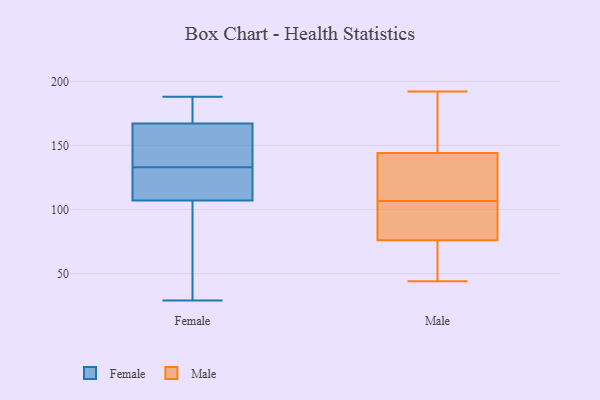
{"axis": {"x": "Energy Usage (MWh)", "y": "Value"}, "legend": ["Female", "Male"], "data": [{"x": "", "y": 188, "type": "Female"}, {"x": "", "y": 50, "type": "Female"}, {"x": "", "y": 134, "type": "Female"}, {"x": "", "y": 167, "type": "Female"}, {"x": "", "y": 58, "type": "Female"}, {"x": "", "y": 187, "type": "Female"}, {"x": "", "y": 167, "type": "Female"}, {"x": "", "y": 29, "type": "Female"}, {"x": "", "y": 117, "type": "Female"}, {"x": "", "y": 107, "type": "Female"}, {"x": "", "y": 113, "type": "Female"}, {"x": "", "y": 137, "type": "Female"}, {"x": "", "y": 132, "type": "Female"}, {"x": "", "y": 141, "type": "Female"}, {"x": "", "y": 55, "type": "Male"}, {"x": "", "y": 91, "type": "Male"}, {"x": "", "y": 112, "type": "Male"}, {"x": "", "y": 171, "type": "Male"}, {"x": "", "y": 132, "type": "Male"}, {"x": "", "y": 109, "type": "Male"}, {"x": "", "y": 44, "type": "Male"}, {"x": "", "y": 192, "type": "Male"}, {"x": "", "y": 77, "type": "Male"}, {"x": "", "y": 75, "type": "Male"}, {"x": "", "y": 156, "type": "Male"}, {"x": "", "y": 104, "type": "Male"}]}